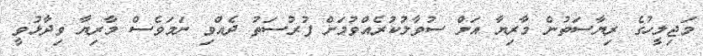
މަޖިލީހުގެ ރިޔާސަތުން މާރިޔާ އަށް ސުވާލުކުރެއްވުމަށް ފުރުސަތު ދެއްވި ނަމަވެސް މާރިޔާ ވިދާޅުވީ